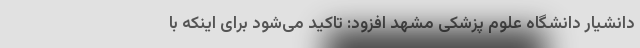
دانشیار دانشگاه علوم پزشکی مشهد افزود: تاکید می‌شود برای اینکه با